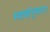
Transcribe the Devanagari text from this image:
स्वार्थानुमान।